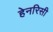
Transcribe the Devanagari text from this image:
हेनरिसी